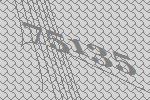
75135